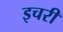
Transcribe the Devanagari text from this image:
इचरी